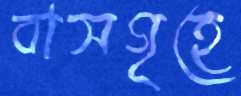
বাসগৃহে